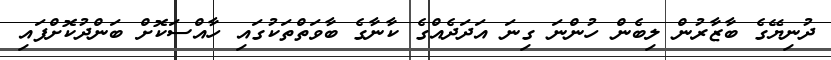
ދުނިޔޭގެ ބާޒާރުން ލިބެން ހުންނަ ގިނަ އަދަދެއްގެ ކާނާގެ ބާވަތްތަކުގައި ހާއްސަކޮށް ބަންދުކޮށްފައި